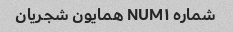
شماره NUM۱ همایون شجریان